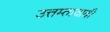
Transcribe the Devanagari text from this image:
उत्तम्तावादी